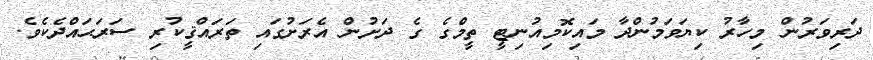
ދަރިވަރުން މިހާރު ކިޔަވަމުންދާ މައިކޮމިއުނިޓީ ތީމްގެ ގެ ދަށުން އެރަށުގައި ތަރައްޤީކުރި ސަރަޙައްދެކެވެ.